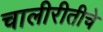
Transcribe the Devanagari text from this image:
चालीरीतीचे